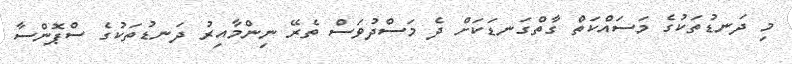
މި ދަނޑުތަކުގެ މަސައްކަތް ގާތްގަނޑަކަށް ދެ މަސްދުވަސް ތެރޭ ނިންމާއިރު ދަނޑުތަކުގެ ސްޕޮންސާ